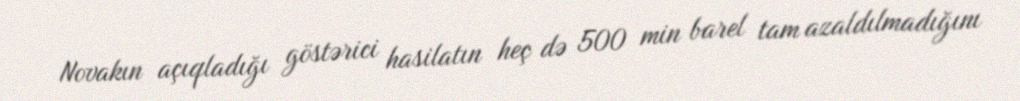
Novakın açıqladığı göstərici hasilatın heç də 500 min barel tam azaldılmadığını